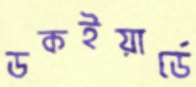
ডকইয়ার্ডে